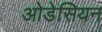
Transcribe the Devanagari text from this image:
ओडेसियन